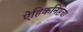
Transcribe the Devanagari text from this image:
ऐहिकनिष्ठेचा